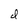
Character: d